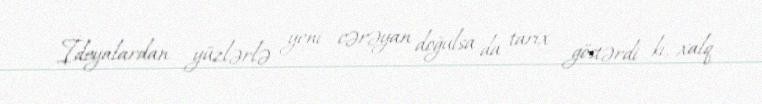
İdeyalardan yüzlərlə yeni cərəyan doğulsa da tarix göstərdi ki, xalq